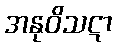
အနုဝိသဋာ